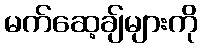
မက်ဆေ့ချ်များကို